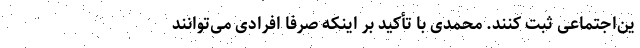
ین‌اجتماعی ثبت کنند. محمدی با تأکید بر اینکه صرفاً افرادی می‌توانند